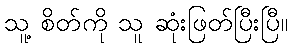
သူ့ စိတ်ကို သူ ဆုံးဖြတ်ပြီးပြီ။